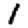
Digit: 1